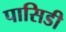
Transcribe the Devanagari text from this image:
पासिडी